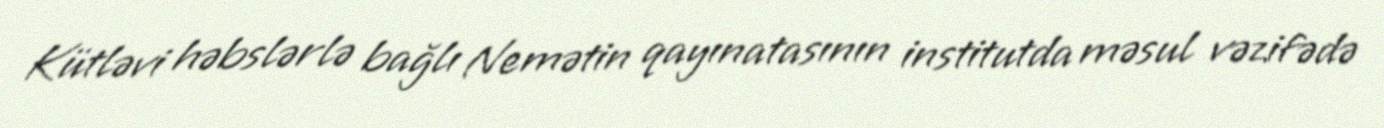
Kütləvi həbslərlə bağlı Nemətin qayınatasının institutda məsul vəzifədə